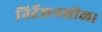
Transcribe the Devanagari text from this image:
निर्देशनशील।